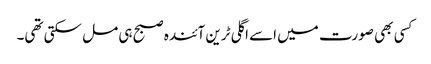
کسی بھی صورت میں اسے اگلی ٹرین آئندہ صبح ہی مل سکتی تھی۔